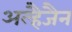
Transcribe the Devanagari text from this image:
अल्हैजैन